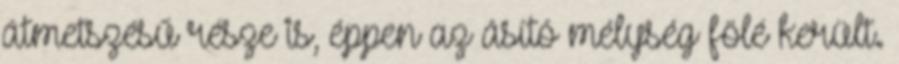
átmetszésű része is, éppen az ásító mélység fölé került.